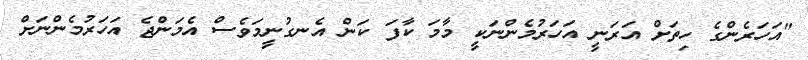
"އަހަރެންގެ ހިތަށް އަރަނީ އަހަރުމެންނަކީ މާމަ ކާފަ ކަން އެނގުނީމަވެސް އެމަންޖެ އަހަރުމެންނަށް